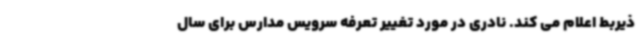
ذیربط اعلام می کند. نادری در مورد تغییر تعرفه سرویس مدارس برای سال